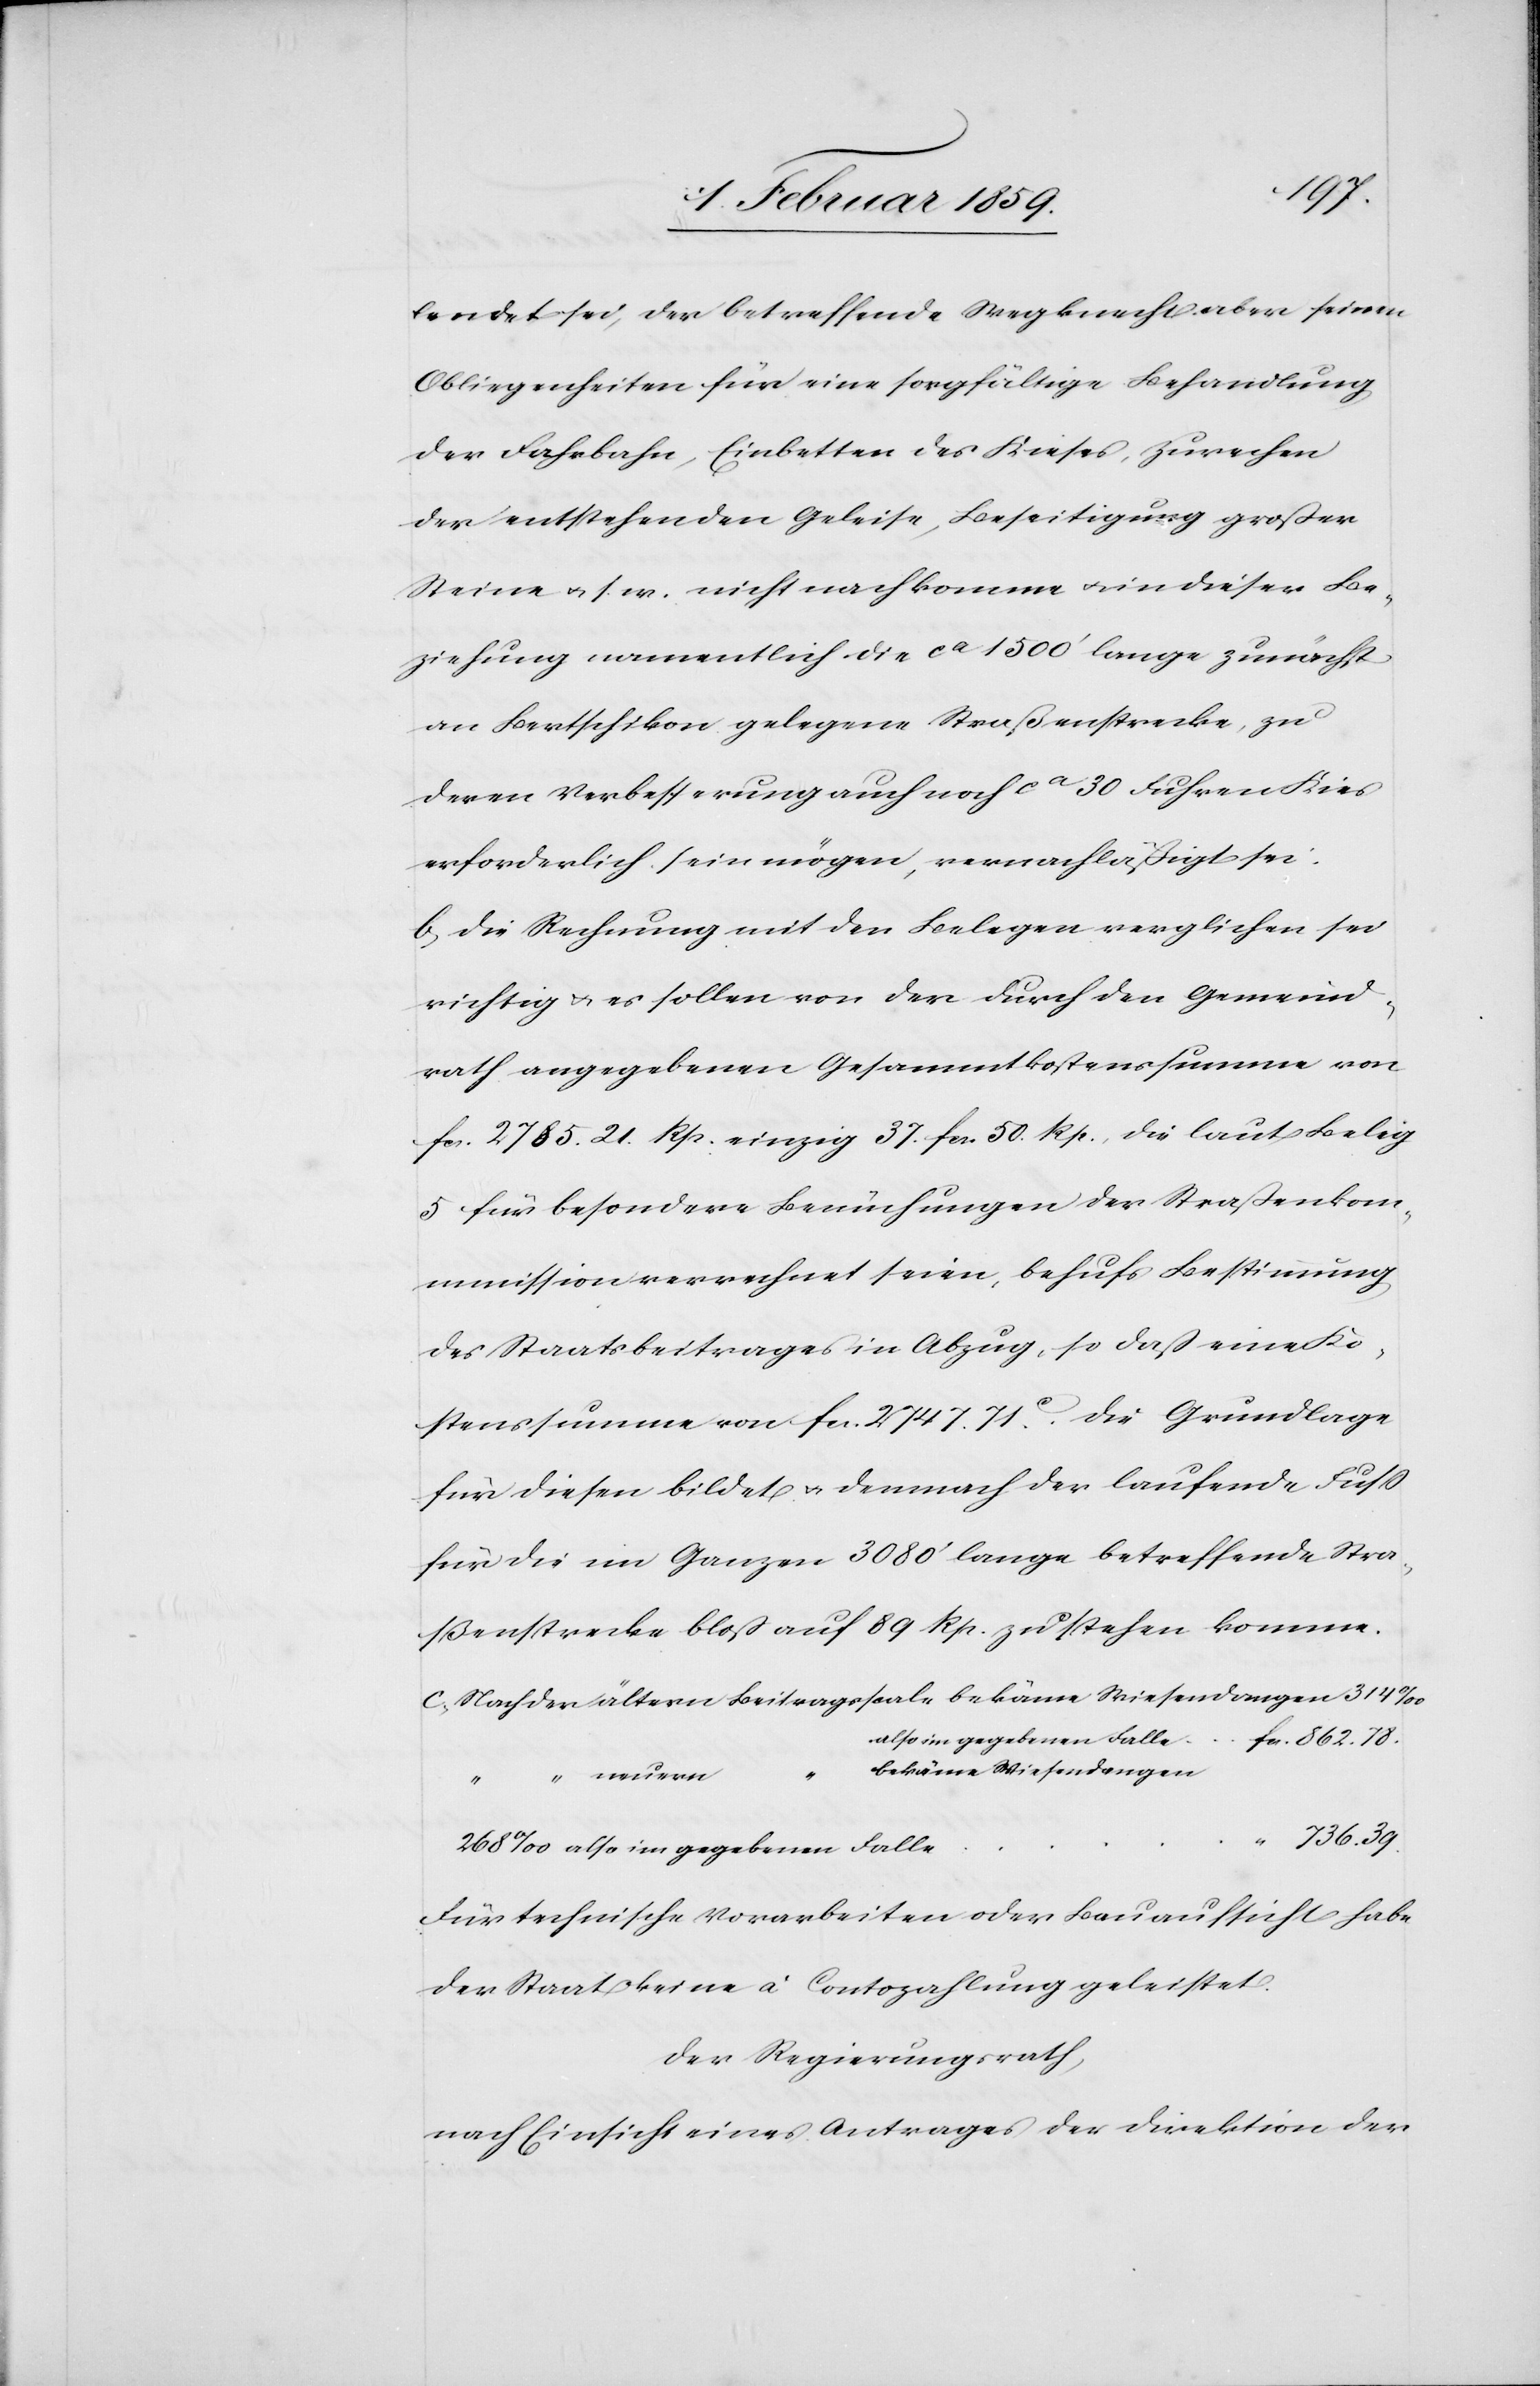
lendet sei, der betreffende Wegknecht aber seinen
Obliegenheiten für eine sorgfältige Behandlung
der Fahrbahn, Einbetten des Kieses, Zurechen
der entstehenden Geleise, Beseitigung großer
Steine u. s. w. nicht nachkomme u. in dieser Be¬
ziehung namentlich die ca 1500‘ lange zunächst
an Bertschikon gelegene Straßenstrecke, zu
deren Verbesserung auch noch ca 30 Fuhren Kies
erforderlich sein mögen, vernachläßigt sei:
b, die Rechnung mit den Belegen verglichen sei
richtig u. es sollen von der durch den Gemeind¬
rath angegebenen Gesammtkostenssumme von
fcs. 2785. 21. Rp. einzig 37. fcs. 50. Rp., die laut Beleg
5 für besondere Bemühungen der Straßenkom¬
mission verrechnet seien, behufs Bestimmung
des Staatsbeitrages in Abzug [gebracht werden], so
Kostenssumme von fcs. 2747. 71. c. die Grundlage
für diesen bildet u. demnach der laufende Fuß
für die im Ganzen 3080‘ lange betreffende Stra¬
ßenstrecke bloß auf 89 Rp. zu stehen komme.
c, Nach der ältern Beitragsscala bekäme Wiesendangen 		 314
also im gegebenen Falle fcs. 862. 78
bekäme Wiesendangen
736. 39.
also im gegebenen Falle
Für technische Vorarbeiten oder Bauaufsicht habe
der Staat keine à Contozahlung geleistet.
Der Regierungsrath,
nach Einsicht eines Antrages der Direktion der